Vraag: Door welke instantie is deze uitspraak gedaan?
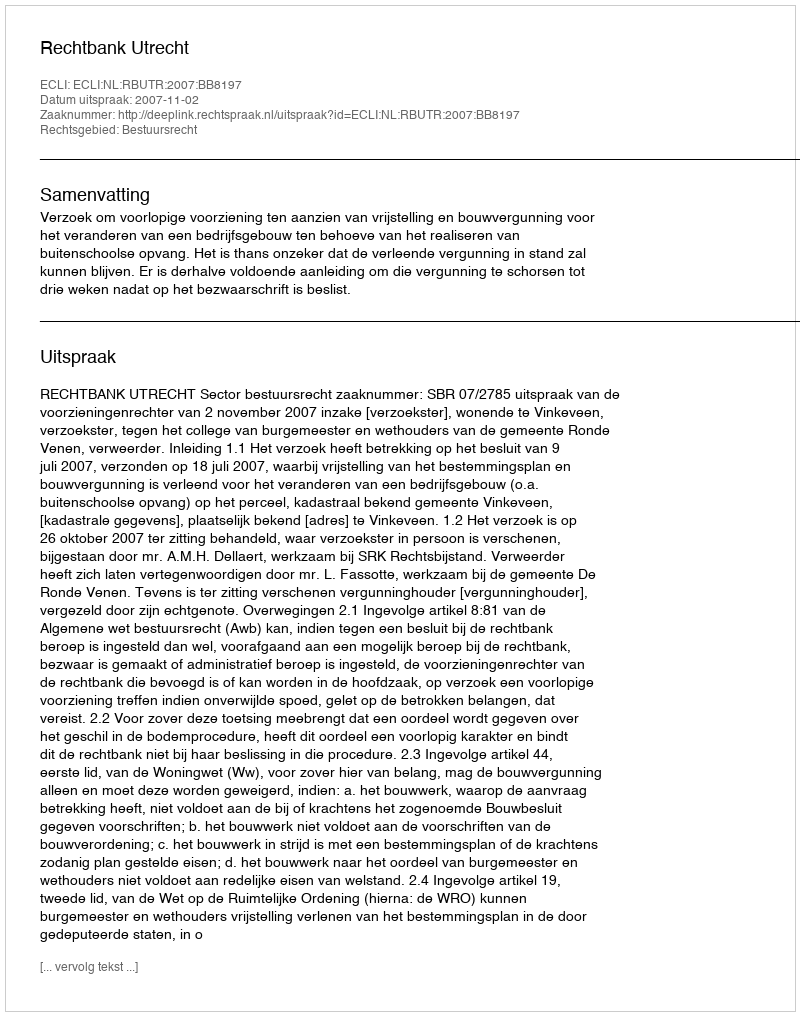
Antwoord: Rechtbank Utrecht